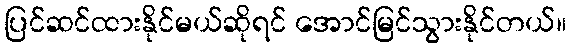
ပြင်ဆင်ထားနိုင်မယ်ဆိုရင် အောင်မြင်သွားနိုင်တယ်။